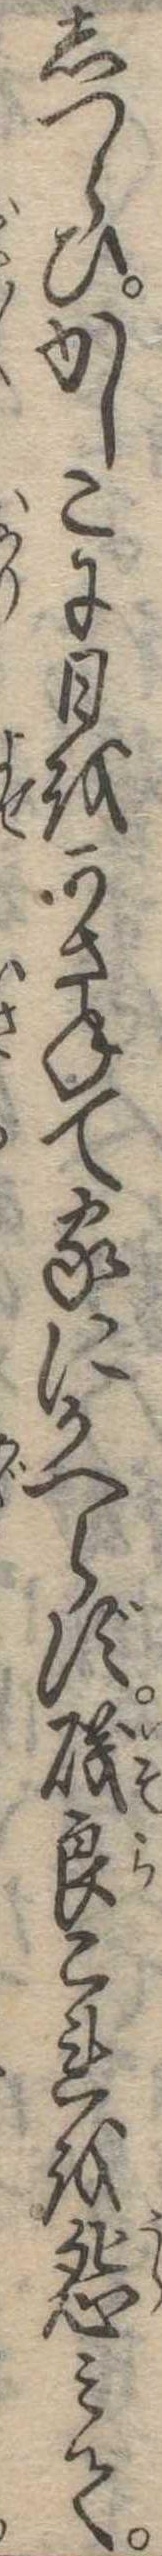
しつらひかしこに日をかさねて家にかへらず磯良これを怨みて